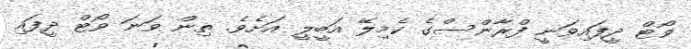
ވޯޓް ދީފައިވަނީ ފްރާންސްގެ ކެމިލޭ އަބީލީ އަށެވެ. ތިން ވަނަ ވޯޓް ދީފައި